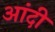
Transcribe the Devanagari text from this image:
आंदी